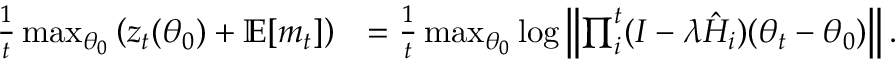
\begin{array} { r l } { \frac { 1 } { t } \operatorname* { m a x } _ { \theta _ { 0 } } \left( z _ { t } ( \theta _ { 0 } ) + \mathbb { E } [ m _ { t } ] \right) } & { = \frac { 1 } { t } \operatorname* { m a x } _ { \theta _ { 0 } } \log \left\| \prod _ { i } ^ { t } ( I - \lambda \hat { H } _ { i } ) ( \theta _ { t } - \theta _ { 0 } ) \right\| . } \end{array}